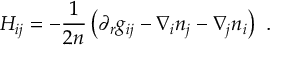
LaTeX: H _ { i j } = - \frac 1 { 2 n } \left( \partial _ { r } g _ { i j } - \nabla _ { i } n _ { j } - \nabla _ { j } n _ { i } \right) ~ .